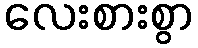
လေးစားစွာ